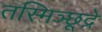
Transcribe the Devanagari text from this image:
तस्मिञ्छूद्रे